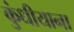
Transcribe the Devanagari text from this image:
कुंधीयाना